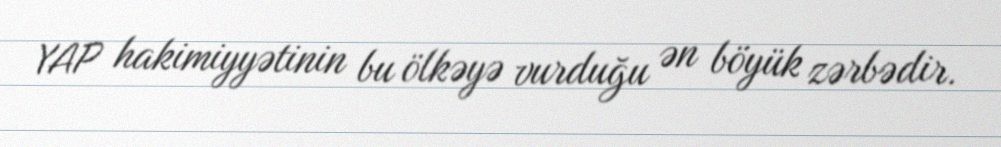
YAP hakimiyyətinin bu ölkəyə vurduğu ən böyük zərbədir.